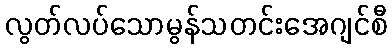
လွတ်လပ်သောမွန်သတင်းအေဂျင်စီ